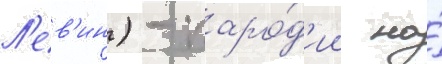
Л'ев'ин) - паро́д'ии на́